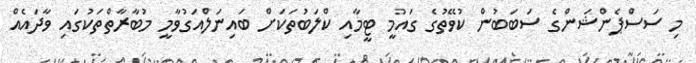
މި ސަސްޕެންޝަންގެ ސަބަބުން ކުވޭތުގެ ގައުމީ ޓީމާއި ކްލަބުތަކަށް ބައިނަލްއަގުވާމީ މުބާރާތްތަކުގައި ވާދައެއް